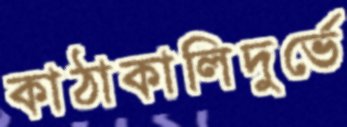
কাঠাকালিদুর্ভে